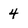
Character: 4